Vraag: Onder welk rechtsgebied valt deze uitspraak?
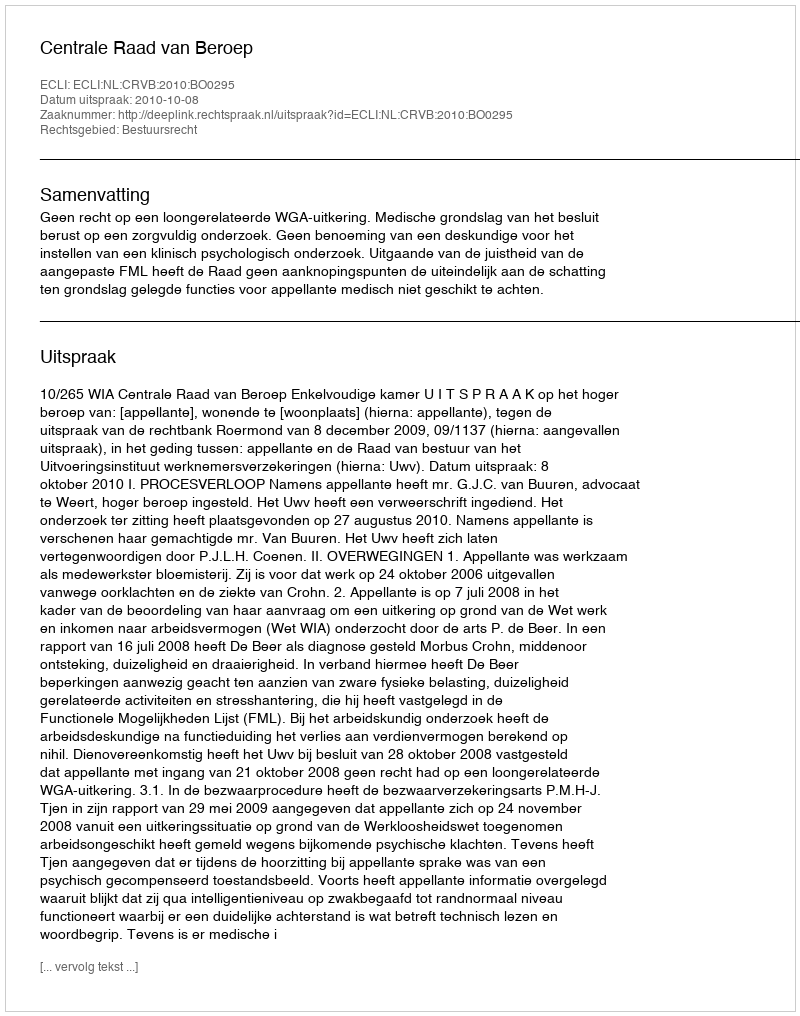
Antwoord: Bestuursrecht